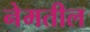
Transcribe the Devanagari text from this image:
नेमतील